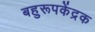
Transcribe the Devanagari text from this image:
बहुरूपकेंद्रक